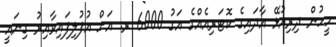
މީހުން ދިރިއުޅޭ އާދައިގެ ކޮޓަރިއެއްގެ އަގު 6000 ރ. އަށް އުފުލިފައިވާއިރު ގިނައީ